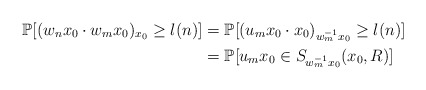
\begin{align*}\mathbb{P}[ (w_n x_0 \cdot w_m x_0)_{x_0} \ge l(n) ] & = \mathbb{P}[ (u_m x_0 \cdot x_0)_{w_m^{-1} x_0} \ge l(n) ] \\& = \mathbb{P}[u_m x_0 \in S_{w_m^{-1} x_0}(x_0,R) ] \end{align*}